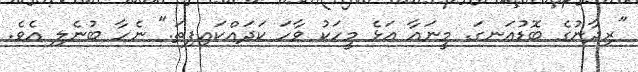
"ރިދާނުގެ ބޮޑުއަނގަ. މީނައާ އަޅެ މީހަކު ވާހަ ކަދައްކައިފިތަ." ނެހާ ބުނެލި އެވެ.